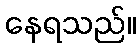
နေရသည်။